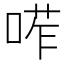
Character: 𠷆